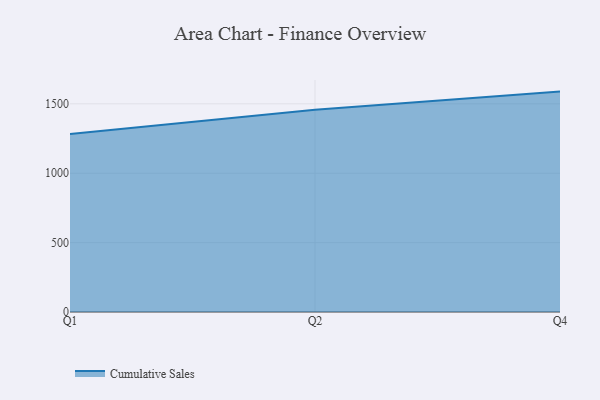
{"axis": {"x": "Quarter", "y": "Net Income (USD K)"}, "legend": ["Cumulative Sales"], "data": [{"x": "Q1", "y": 1283.2, "type": "Cumulative Sales"}, {"x": "Q2", "y": 1456.6, "type": "Cumulative Sales"}, {"x": "Q4", "y": 1588.1, "type": "Cumulative Sales"}]}